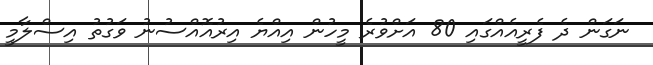
ނަގަން ދެ ފެރީއެއްގައިި 80 އަށްވުރެ މީހުން އިއްޔެ އިރުއޮއްސުނު ވަގުތު އިސްލާމީ